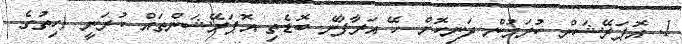
1. އޮޕަރޭޝަން ކުރަމުން ދަނިކޮށް ހޭ އަރާފާނެ ބޮޑެތި އޮޕަރޭޝަންތައް ކުރަނީ (ހިތުގެ